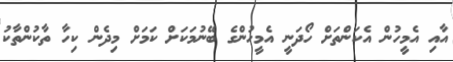
އާއި އެމީހުން އެކަންތަށް ހޯދަނީ އެމީހުންގެ ބޭނުމަކަށް ކަމަށް މިދެން ކިހާ ތާކުންތާކު